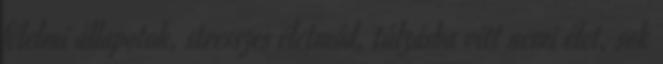
félelmi állapotok, stresszes életmód, túlzásba vitt nemi élet, sok